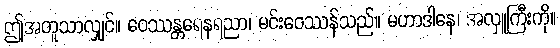
ဤအတူသာလျှင်။ ဝေဿန္တရေနရညာ၊ မင်းဝေဿန်သည်။ မဟာဒါနေ၊ အလှူကြီးကို။